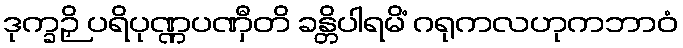
ဒုက္ခဉှိ ပရိပုဏ္ဏပဏှီတိ ခန္တိပါရမိံ ဂရုကလဟုကဘာဝံ